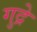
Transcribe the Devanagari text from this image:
गुद्रे